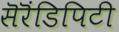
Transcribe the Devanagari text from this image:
सॆरॆंडिपिटी